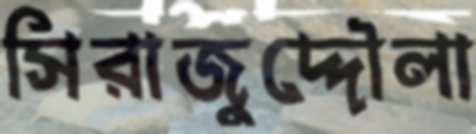
সিরাজুদ্দৌলা